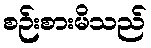
စဉ်းစားမိသည်